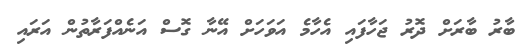
ބާރު ބާރަށް ދޮރު ޖަހާފައި އެހާމެ އަވަހަށް އޭނާ ގޮސް އަނެއްފަރާތުން އަރައި